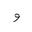
Letter: _waw